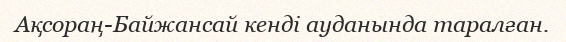
Ақсораң-Байжансай кенді ауданында таралған.